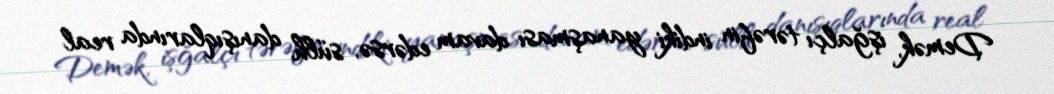
Demək, işğalçı tərəfin indiki yanaşması davam edərsə, sülh danışıqlarında real